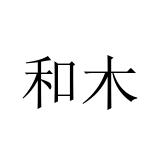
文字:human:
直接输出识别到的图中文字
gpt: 和木